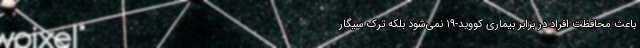
باعث محافظت افراد در برابر بیماری کووید-19 نمی‌شود بلکه ترک سیگار